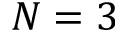
N = 3